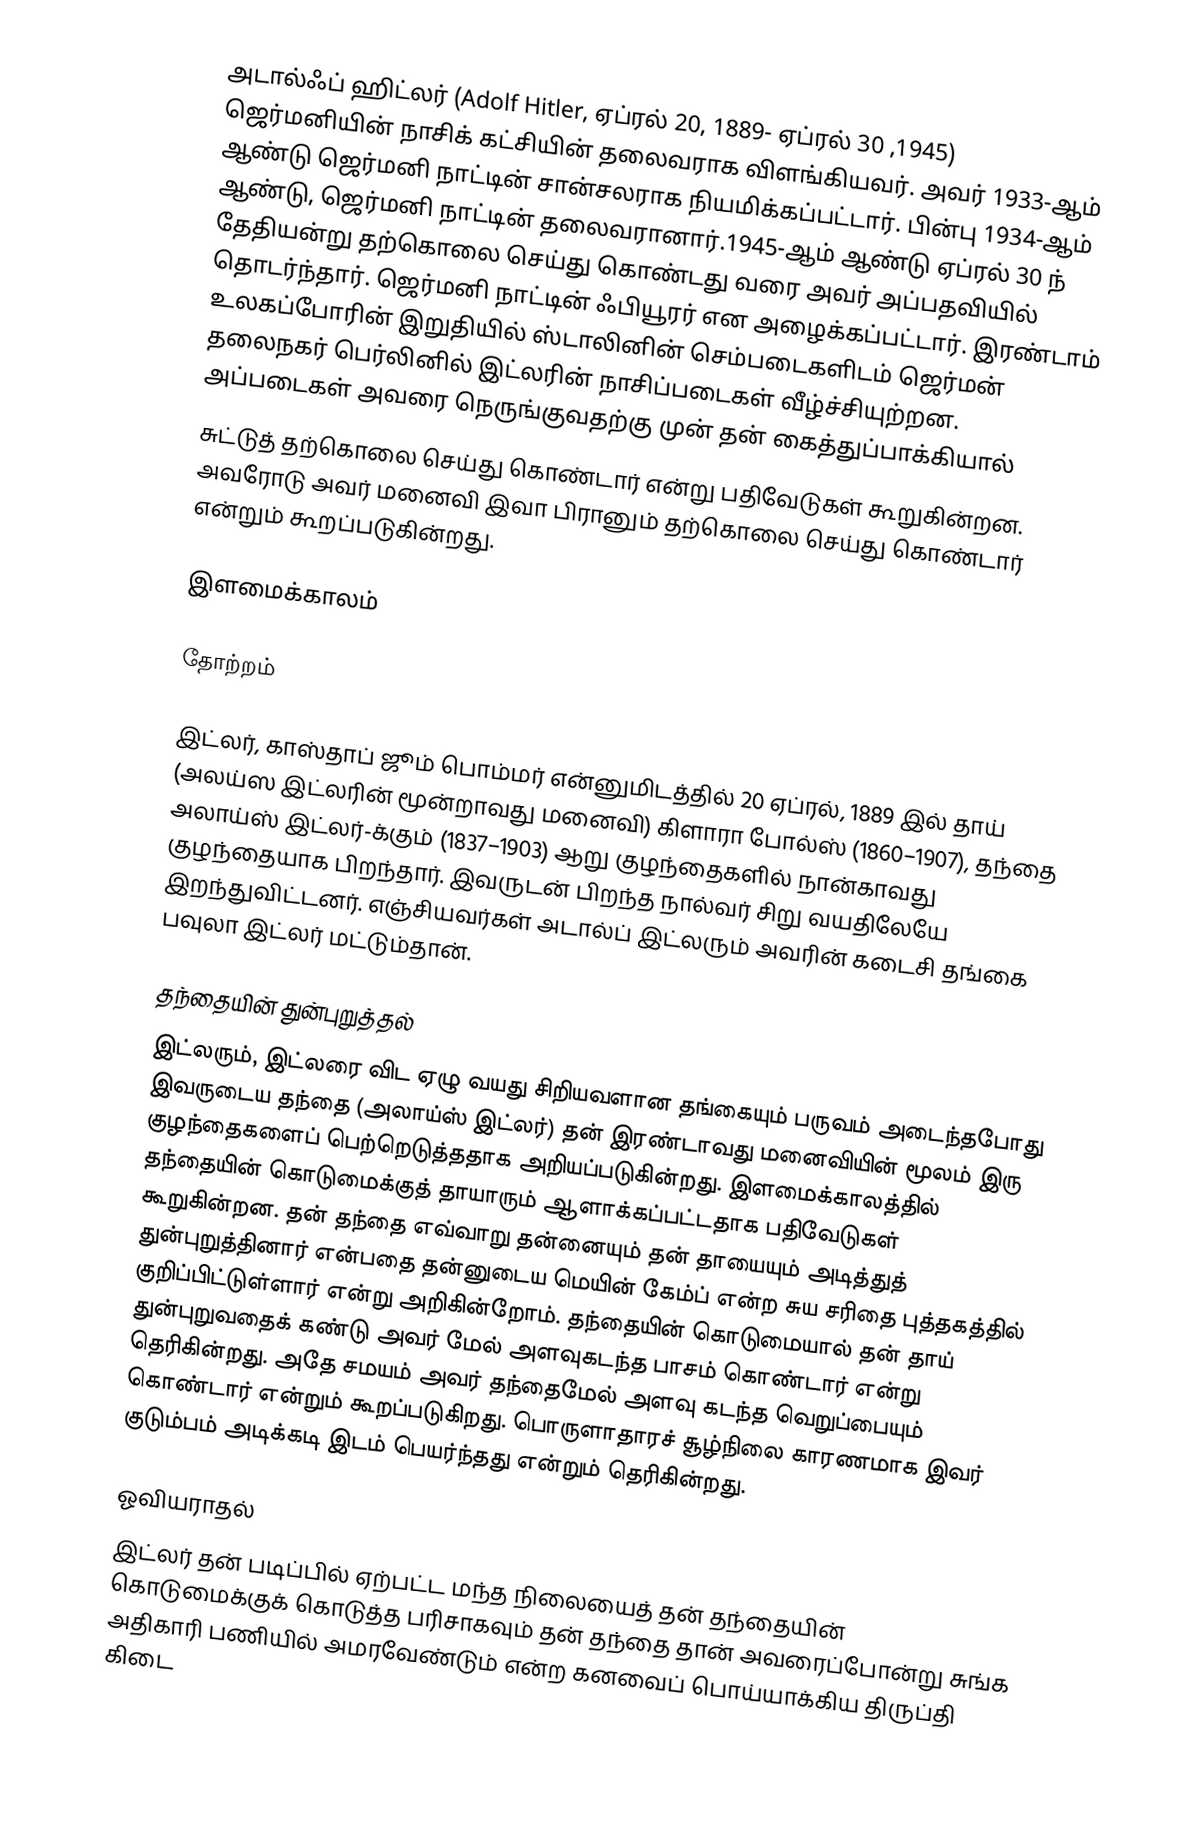
அடால்ஃப்  ஹிட்லர் (Adolf Hitler, ஏப்ரல் 20, 1889- ஏப்ரல் 30 ,1945) ஜெர்மனியின் நாசிக் கட்சியின் தலைவராக விளங்கியவர். அவர் 1933-ஆம் ஆண்டு ஜெர்மனி நாட்டின் சான்சலராக நியமிக்கப்பட்டார். பின்பு 1934-ஆம் ஆண்டு, ஜெர்மனி நாட்டின் தலைவரானார்.1945-ஆம் ஆண்டு ஏப்ரல் 30 ந் தேதியன்று தற்கொலை செய்து கொண்டது வரை அவர் அப்பதவியில் தொடர்ந்தார். ஜெர்மனி நாட்டின் ஃபியூரர் என அழைக்கப்பட்டார். இரண்டாம் உலகப்போரின் இறுதியில் ஸ்டாலினின் செம்படைகளிடம் ஜெர்மன் தலைநகர் பெர்லினில் இட்லரின் நாசிப்படைகள் வீழ்ச்சியுற்றன. அப்படைகள் அவரை நெருங்குவதற்கு முன் தன் கைத்துப்பாக்கியால்
சுட்டுத் தற்கொலை செய்து கொண்டார் என்று பதிவேடுகள் கூறுகின்றன. அவரோடு அவர் மனைவி இவா பிரானும் தற்கொலை செய்து கொண்டார் என்றும் கூறப்படுகின்றது.

இளமைக்காலம்

தோற்றம்

இட்லர், காஸ்தாப் ஜூம் பொம்மர் என்னுமிடத்தில் 20 ஏப்ரல், 1889 இல்  தாய் (அலய்ஸ இட்லரின் மூன்றாவது மனைவி) கிளாரா போல்ஸ் (1860–1907), தந்தை அலாய்ஸ் இட்லர்-க்கும் (1837–1903) ஆறு குழந்தைகளில் நான்காவது குழந்தையாக பிறந்தார். இவருடன் பிறந்த நால்வர் சிறு வயதிலேயே இறந்துவிட்டனர். எஞ்சியவர்கள் அடால்ப் இட்லரும் அவரின் கடைசி தங்கை பவுலா இட்லர் மட்டும்தான்.

தந்தையின் துன்புறுத்தல்
இட்லரும், இட்லரை விட ஏழு வயது சிறியவளான தங்கையும் பருவம் அடைந்தபோது இவருடைய தந்தை (அலாய்ஸ் இட்லர்) தன் இரண்டாவது மனைவியின் மூலம் இரு குழந்தைகளைப் பெற்றெடுத்ததாக அறியப்படுகின்றது. இளமைக்காலத்தில் தந்தையின் கொடுமைக்குத்  தாயாரும் ஆளாக்கப்பட்டதாக பதிவேடுகள் கூறுகின்றன. தன் தந்தை எவ்வாறு தன்னையும் தன் தாயையும் அடித்துத் துன்புறுத்தினார் என்பதை தன்னுடைய மெயின் கேம்ப் என்ற சுய சரிதை புத்தகத்தில் குறிப்பிட்டுள்ளார் என்று அறிகின்றோம். தந்தையின் கொடுமையால் தன் தாய் துன்புறுவதைக் கண்டு அவர் மேல் அளவுகடந்த பாசம் கொண்டார் என்று தெரிகின்றது. அதே சமயம் அவர் தந்தைமேல் அளவு கடந்த வெறுப்பையும் கொண்டார் என்றும் கூறப்படுகிறது. பொருளாதாரச் சூழ்நிலை காரணமாக இவர் குடும்பம் அடிக்கடி இடம் பெயர்ந்தது என்றும் தெரிகின்றது.

ஓவியராதல்
இட்லர் தன் படிப்பில் ஏற்பட்ட மந்த நிலையைத் தன் தந்தையின் கொடுமைக்குக் கொடுத்த பரிசாகவும் தன் தந்தை தான் அவரைப்போன்று சுங்க அதிகாரி பணியில் அமரவேண்டும் என்ற கனவைப் பொய்யாக்கிய திருப்தி கிடை